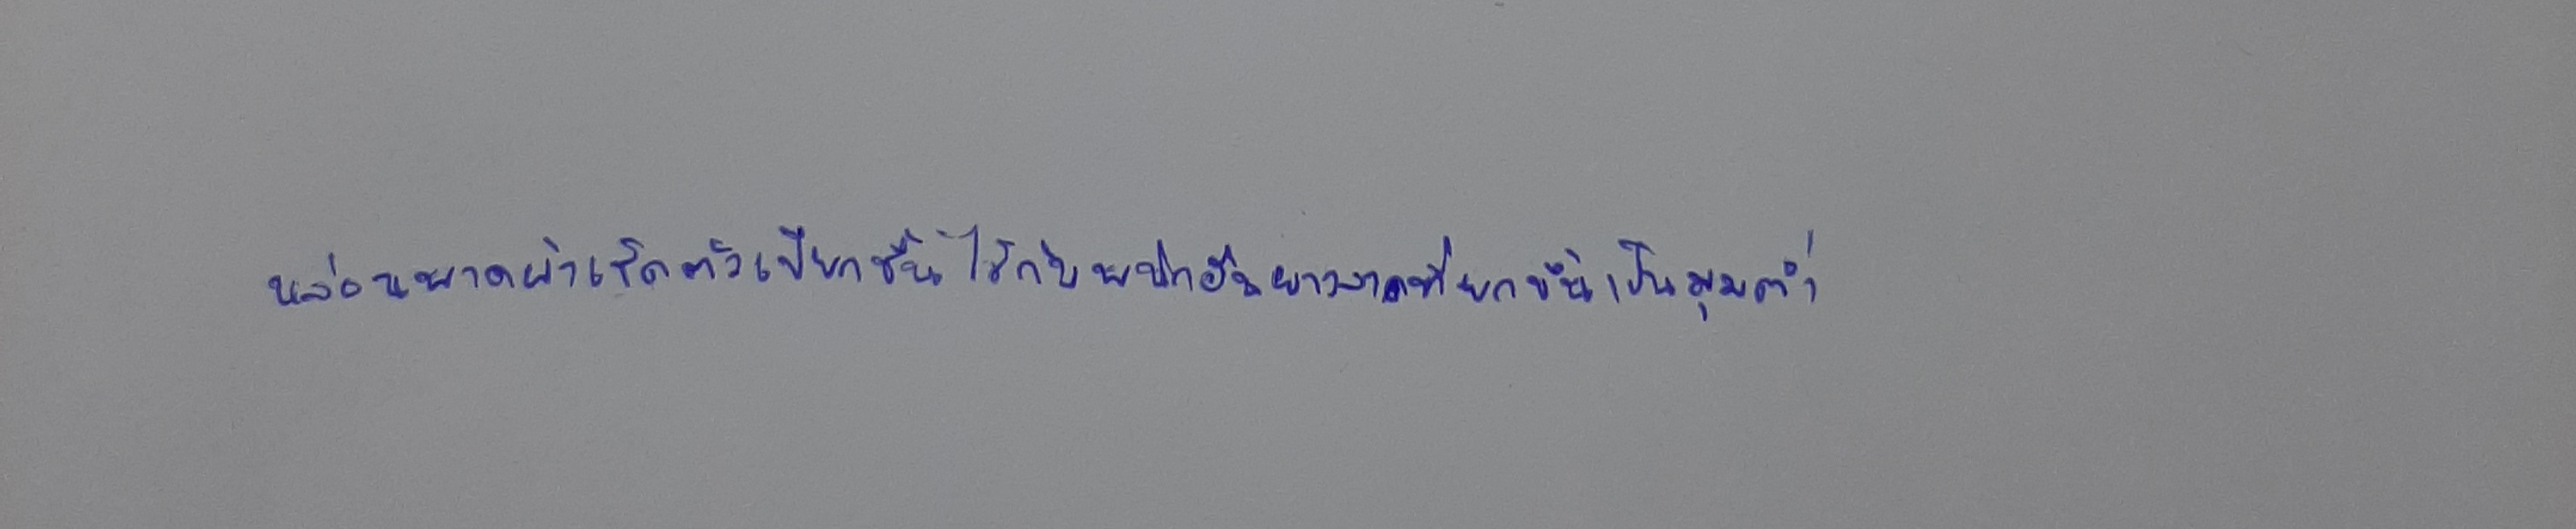
หล่อนพาดผ้าเช็ดตัวเปียกชื้นไว้กับพนักอันยาวลาดที่ยกขึ้นเป็นมุมต่ำ